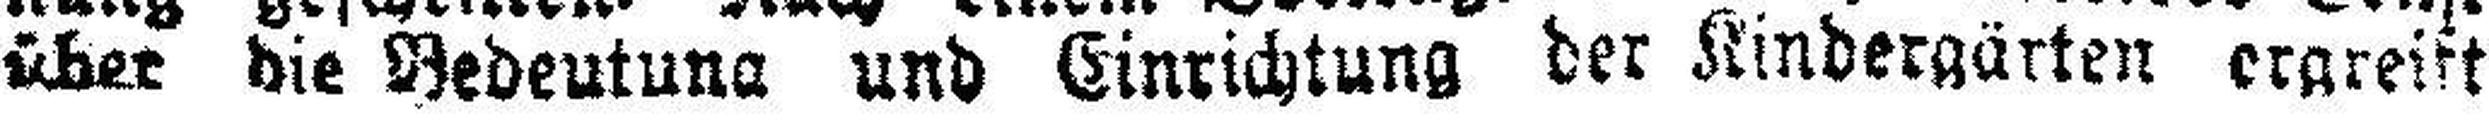
über die Bedeutung und Einrichtung der Kindergärten ergreift